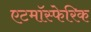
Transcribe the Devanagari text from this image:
एटमॉस्फेरिक